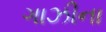
ગાઝીના